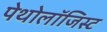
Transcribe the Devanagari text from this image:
पेथोलॉजिस्ट